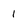
Character: 1